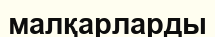
малқарларды